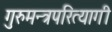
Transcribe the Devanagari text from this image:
गुरुमन्त्रपरित्यागी